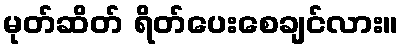
မုတ်ဆိတ် ရိတ်ပေးစေချင်လား။